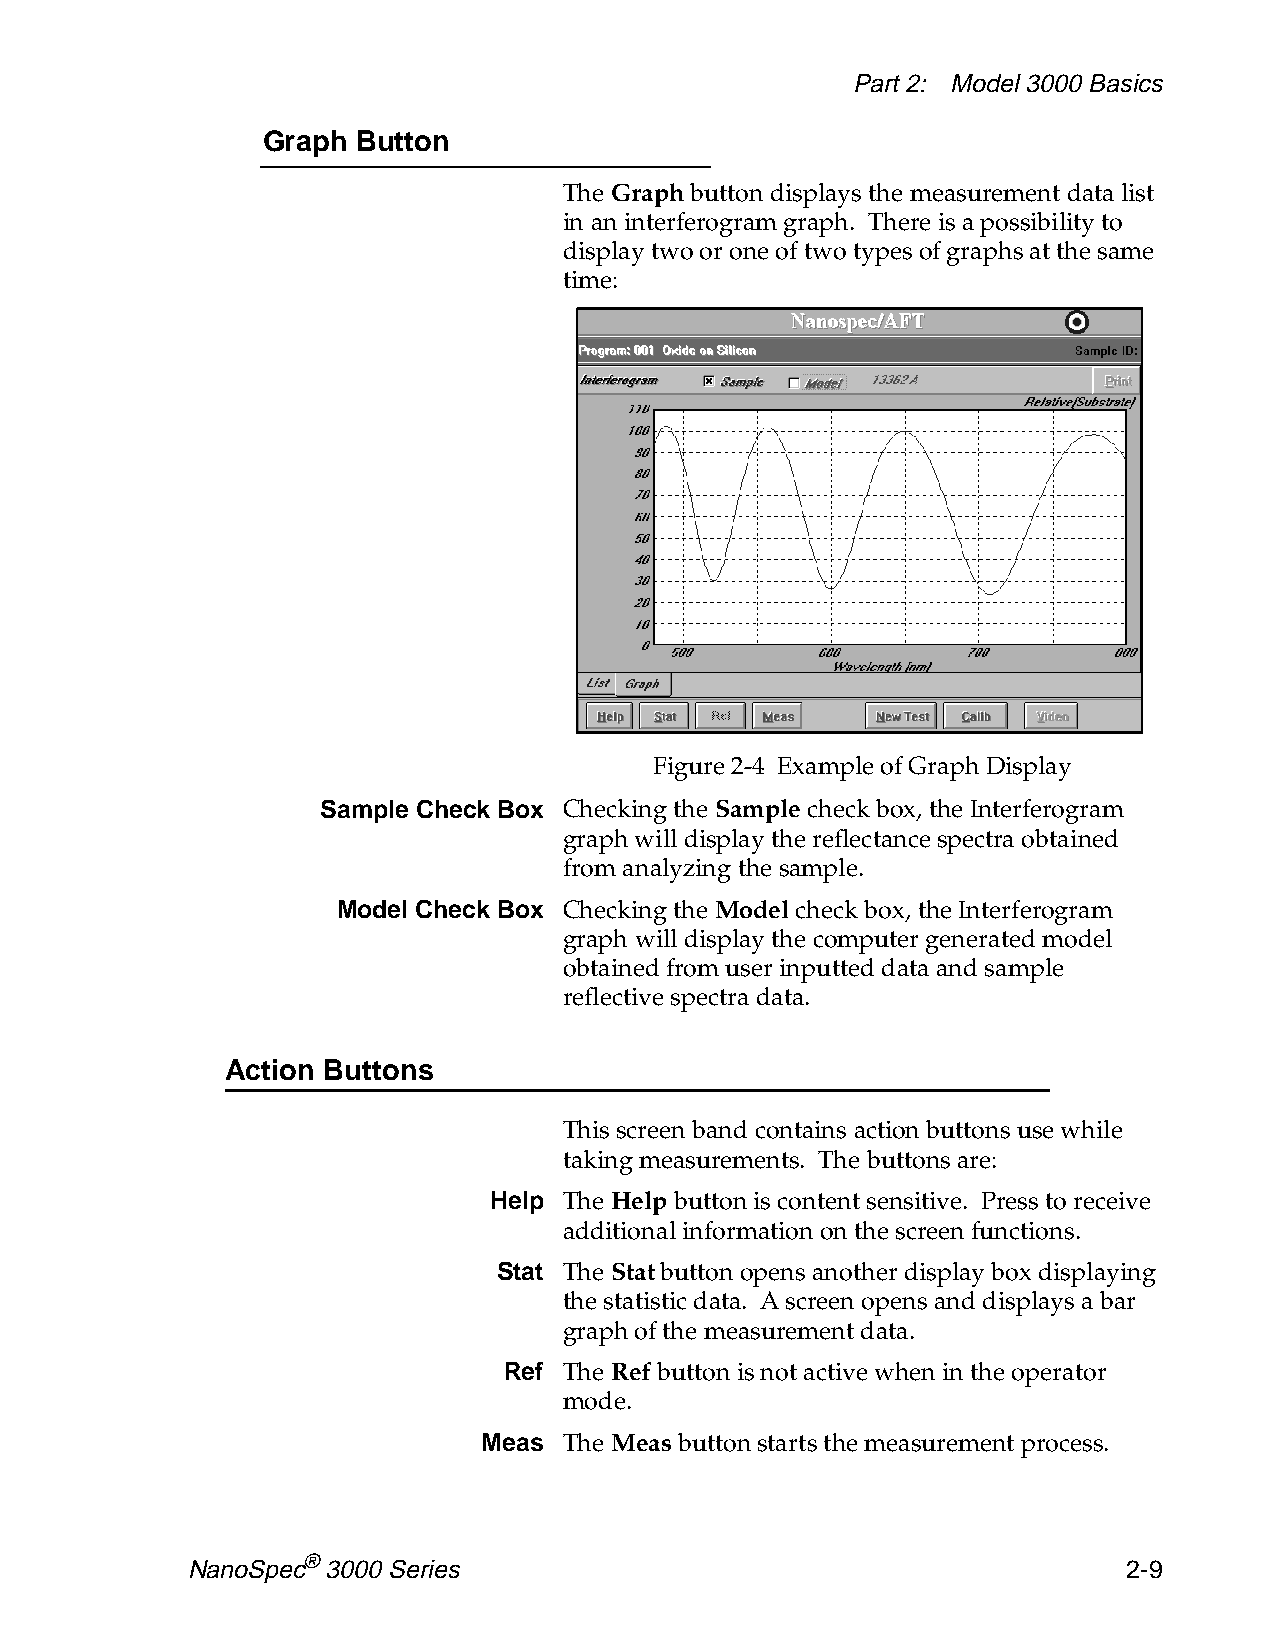
Part 2: Model 3000 Basics
 Graph  Button
 The Graph button displays the measurement data list
 in an interferogram graph. There is a possibility to
 display two or one of two types of graphs at the same
 time:
 Figure 2-4 Example of Graph Display
 Sample Check Box Checking the Sample check box, the Interferogram
 graph will display the reflectance spectra obtained
 from analyzing the sample.
 Model Check Box Checking the Model check box, the Interferogram
 graph will display the computer generated model
 obtained from user inputted data and sample
 reflective spectra data.
 Action Buttons
 This screen band contains action buttons use while
 taking measurements. The buttons are:
 Help The Help button is content sensitive. Press to receive
 additional information on the screen functions.
 Stat The Stat button opens another display box displaying
 the statistic data. A screen opens and displays a bar
 graph of the measurement data.
 Ref The Ref button is not active when in the operator
 mode.
 Meas The Meas button starts the measurement process.
 NanoSpec® 3000 Series                                          2-9